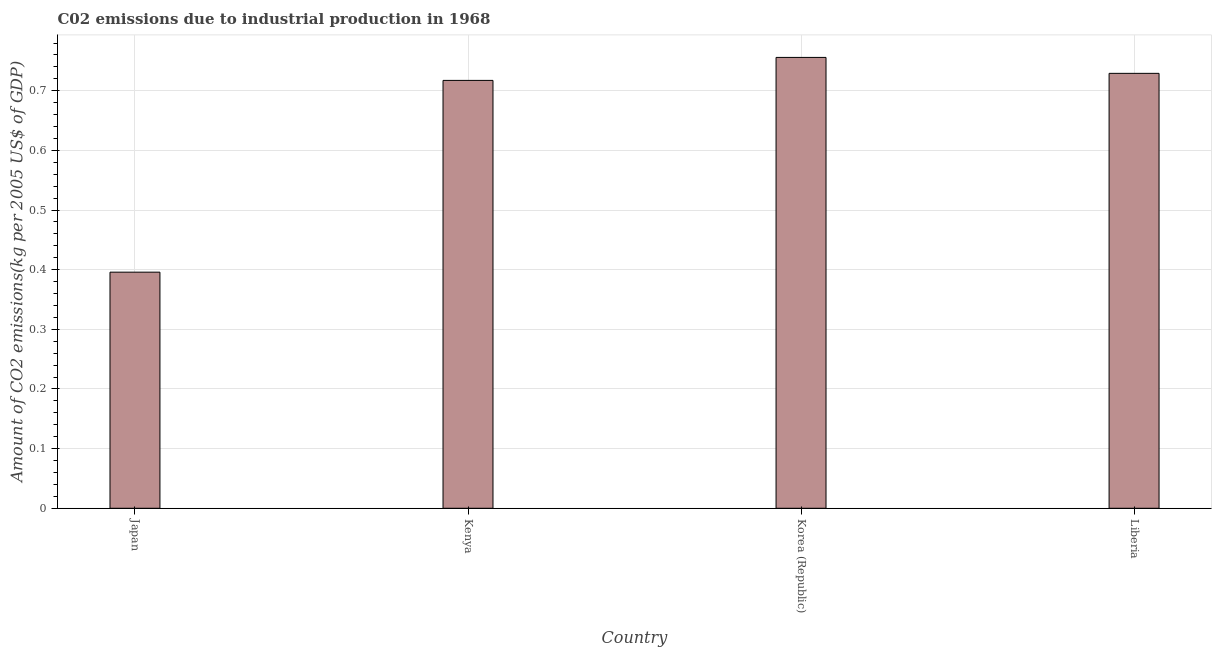
| Country | CO2 emissions  |
 | --- | --- |
 | Japan | 0.396 |
 | Kenya | 0.717 |
 | Korea (Republic) | 0.756 |
 | Liberia | 0.729 |